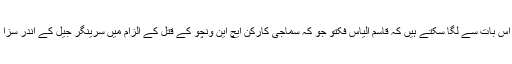
ذرائع کے مطابق جیل کے اندر جس قدر دہشت گردوں کو آزادی حاصل ہے اس کا اندازہ اس بات سے لگا سکتے ہیں کہ قاسم الیاس فکتو جو کہ سماجی کارکن ایچ این ونچو کے قتل کے الزام میں سرینگر جیل کے اندر سزا کاٹ رہا ہے،کشمیری میڈیا پوری آزادی کے ساتھ قاسم کے پریس ریلیز کو لے جاتا ہے۔